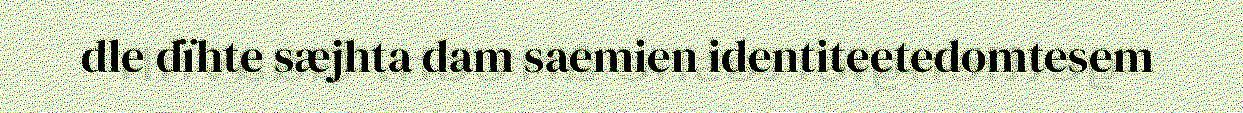
dle dïhte sæjhta dam saemien identiteetedomtesem